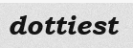
dottiest